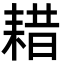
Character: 耤